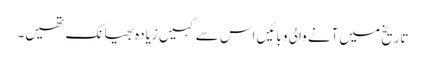
تاریخ میں آنے والی وبائیں اس سے کہیں زیادہ بھیانک تھیں۔